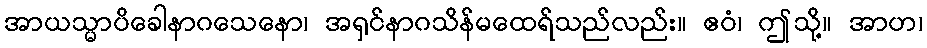
အာယသ္မာပိခေါနာဂသေနော၊ အရှင်နာဂသိန်မထေရ်သည်လည်း။ ဧဝံ၊ ဤသို့။ အာဟ၊